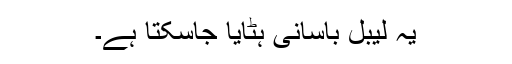
یہ لیبل بآسانی ہٹایا جاسکتا ہے۔